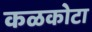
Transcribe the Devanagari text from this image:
कळकोटा